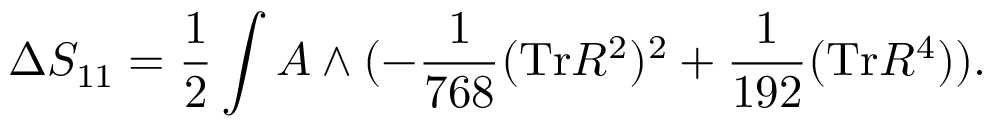
\Delta S _ { 1 1 } = \frac { 1 } { 2 } \int A \wedge ( - \frac { 1 } { 7 6 8 } ( \mathrm { T r } R ^ { 2 } ) ^ { 2 } + \frac { 1 } { 1 9 2 } ( \mathrm { T r } R ^ { 4 } ) ) .